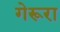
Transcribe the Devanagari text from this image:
गेरूरा